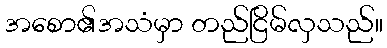
အစော၏အသံမှာ တည်ငြိမ်လှသည်။